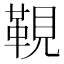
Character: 䩤